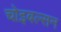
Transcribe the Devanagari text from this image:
चोइबल्सन